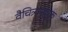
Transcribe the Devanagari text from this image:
वैचित्र्यसूचक